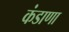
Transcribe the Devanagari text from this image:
कंडाणा